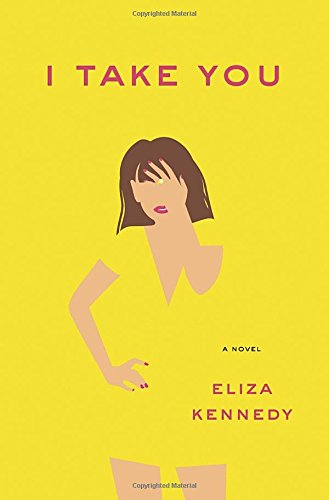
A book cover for I Take You: A Novel; Eliza Kennedy; Literature & Fiction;